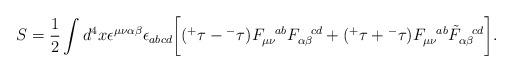
LaTeX: \begin{align*}S=\frac{1}{2} \int d^{4} x \epsilon^{\mu\nu\alpha\beta} \epsilon_{abcd}\bigg[ ({^+}\tau - {^-}\tau) F^{~~ab}_{\mu\nu} F^{~~cd}_{\alpha\beta} + ({^+}\tau + {^-}\tau) F^{~~ab}_{\mu\nu} \tilde F^{~~cd}_{\alpha\beta}\bigg].\end{align*}